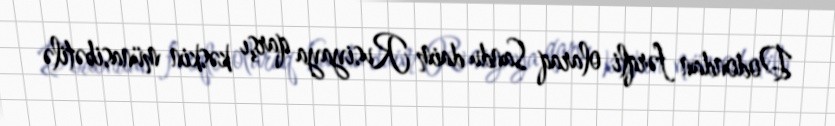
Dodondan fərqli olaraq Sandu daim Rusiyaya qarşı kəskin münasibətilə